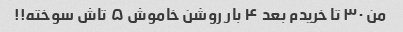
من ۳۰ تا خریدم بعد ۴ بار روشن خاموش ۵ تاش سوخته!!